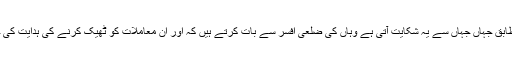
ان کے مطابق جہاں جہاں سے یہ شکایت آتی ہے وہاں کی ضلعی افسر سے بات کرتے ہیں کہ اور ان معاملات کو ٹھیک کرنے کی ہدایت کی جاتی ہے۔